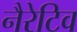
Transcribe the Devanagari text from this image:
नैरेटिव